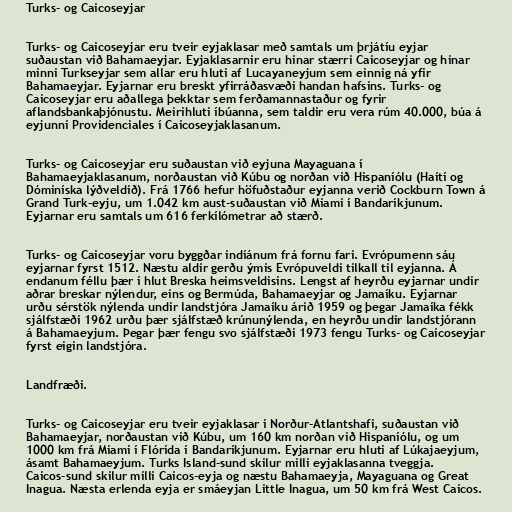
Turks- og Caicoseyjar

Turks- og Caicoseyjar eru tveir eyjaklasar með samtals um þrjátíu eyjar
suðaustan við Bahamaeyjar. Eyjaklasarnir eru hinar stærri Caicoseyjar og hinar
minni Turkseyjar sem allar eru hluti af Lucayaneyjum sem einnig ná yfir
Bahamaeyjar. Eyjarnar eru breskt yfirráðasvæði handan hafsins. Turks- og
Caicoseyjar eru aðallega þekktar sem ferðamannastaður og fyrir
aflandsbankaþjónustu. Meirihluti íbúanna, sem taldir eru vera rúm 40.000, búa á
eyjunni Providenciales í Caicoseyjaklasanum.

Turks- og Caicoseyjar eru suðaustan við eyjuna Mayaguana í
Bahamaeyjaklasanum, norðaustan við Kúbu og norðan við Hispaníólu (Haítí og
Dóminíska lýðveldið). Frá 1766 hefur höfuðstaður eyjanna verið Cockburn Town á
Grand Turk-eyju, um 1.042 km aust-suðaustan við Miami í Bandaríkjunum.
Eyjarnar eru samtals um 616 ferkílómetrar að stærð.

Turks- og Caicoseyjar voru byggðar indíánum frá fornu fari. Evrópumenn sáu
eyjarnar fyrst 1512. Næstu aldir gerðu ýmis Evrópuveldi tilkall til eyjanna. Á
endanum féllu þær í hlut Breska heimsveldisins. Lengst af heyrðu eyjarnar undir
aðrar breskar nýlendur, eins og Bermúda, Bahamaeyjar og Jamaíku. Eyjarnar
urðu sérstök nýlenda undir landstjóra Jamaíku árið 1959 og þegar Jamaíka fékk
sjálfstæði 1962 urðu þær sjálfstæð krúnunýlenda, en heyrðu undir landstjórann
á Bahamaeyjum. Þegar þær fengu svo sjálfstæði 1973 fengu Turks- og Caicoseyjar
fyrst eigin landstjóra.

Landfræði.

Turks- og Caicoseyjar eru tveir eyjaklasar í Norður-Atlantshafi, suðaustan við
Bahamaeyjar, norðaustan við Kúbu, um 160 km norðan við Hispaníólu, og um
1000 km frá Miami í Flórída í Bandaríkjunum. Eyjarnar eru hluti af Lúkajaeyjum,
ásamt Bahamaeyjum. Turks Island-sund skilur milli eyjaklasanna tveggja.
Caicos-sund skilur milli Caicos-eyja og næstu Bahamaeyja, Mayaguana og Great
Inagua. Næsta erlenda eyja er smáeyjan Little Inagua, um 50 km frá West Caicos.